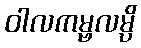
ဝါလကမ္ဗလမ္ပိ